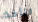
لتأخذ